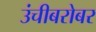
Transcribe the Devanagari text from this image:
उंचीबरोबर